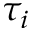
\tau _ { i }